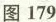
图179